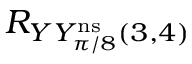
R _ { Y Y _ { \pi / 8 } ^ { \mathrm { n s } } ( 3 , 4 ) }